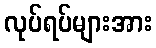
လုပ်ရပ်များအား